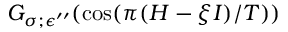
G _ { \sigma ; \epsilon ^ { \prime \prime } } ( \cos ( \pi ( H - \xi I ) / T ) )